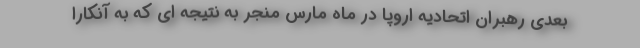
بعدی رهبران اتحادیه اروپا در ماه مارس منجر به نتیجه ای که به آنکارا